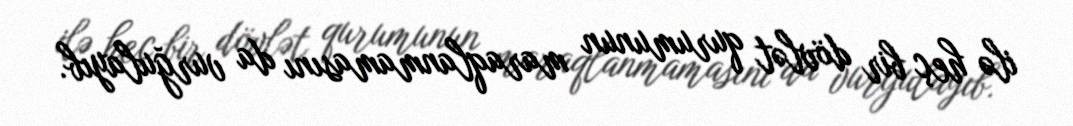
ilə heç bir dövlət qurumunun maraqlanmamasını da vurğulayıb.